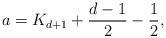
LaTeX: \begin{align*}a=K_{d+1}+\frac{d-1}{2} -\frac{1}{2}, \end{align*}